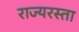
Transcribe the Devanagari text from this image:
राज्यरस्ता